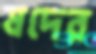
ষদের